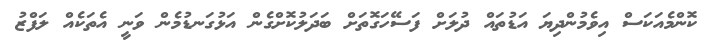
ކޮންމެއަކަސް އިވެމުންދިޔަ އަޑުތައް ދުލަށް ފަސޭހަގޮތަށް ބަދަލުކޮށްގެން އަޅުގަނޑުމެން ވަނީ އެތަކެއް ލަފްޒު